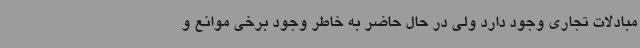
مبادلات تجاری وجود دارد ولی در حال حاضر به خاطر وجود برخی موانع و